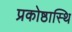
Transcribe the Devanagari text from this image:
प्रकोष्ठास्थि